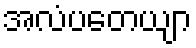
အလံပတေယျာ